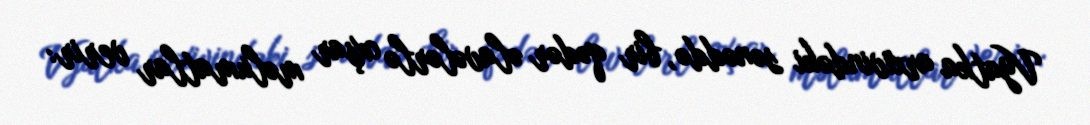
Vyatka arxivindəki sənəddə, bir qədər əlavələrlə oxşar məlumatlar verir: